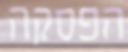
הפסקה